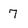
Character: 7